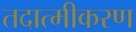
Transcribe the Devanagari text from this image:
तदात्मीकरण